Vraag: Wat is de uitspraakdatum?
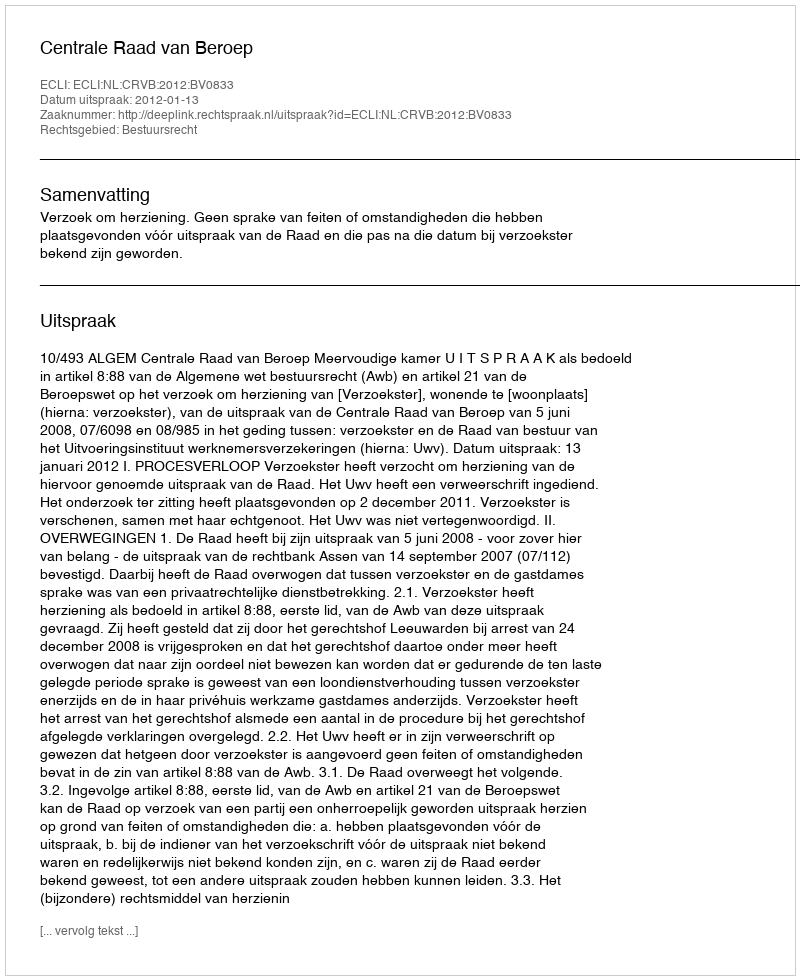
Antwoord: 2012-01-13